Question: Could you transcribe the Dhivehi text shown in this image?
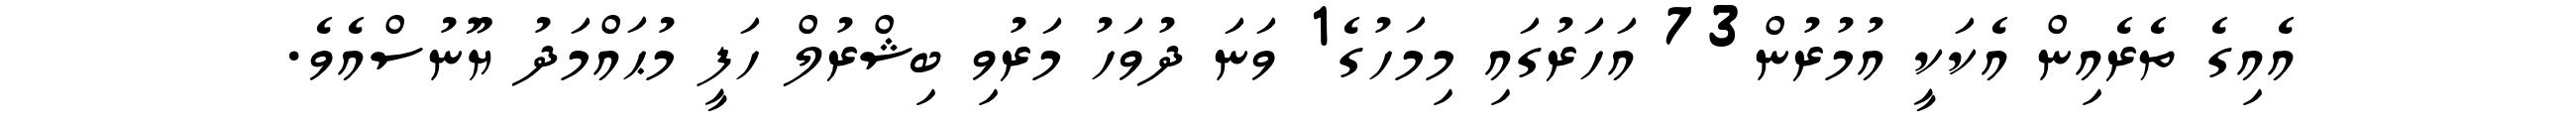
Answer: އެއިގެ ތެރެއިން އެކަކީ އުމުރުން73 އަހަރުގައި މިމަހުގެ1 ވަނަ ދުވަހު މަރުވި ބިޝްރުލް ހަފީ މުޙައްމަދު ޔޫނުސްއެވެ.